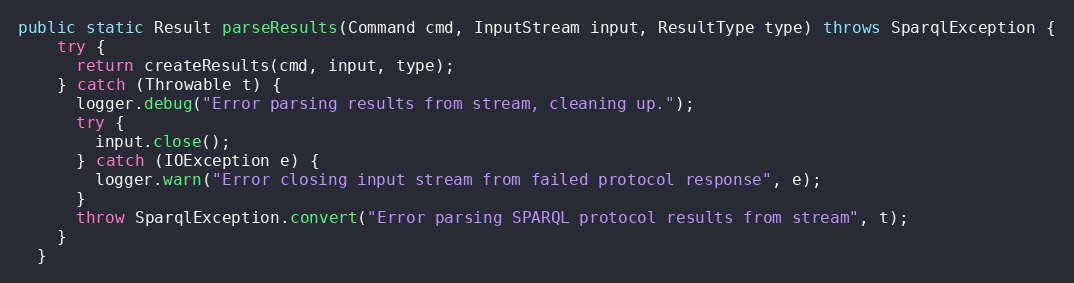
Language: Java
public static Result parseResults(Command cmd, InputStream input, ResultType type) throws SparqlException {
    try {
      return createResults(cmd, input, type);
    } catch (Throwable t) {
      logger.debug("Error parsing results from stream, cleaning up.");
      try {
        input.close();
      } catch (IOException e) {
        logger.warn("Error closing input stream from failed protocol response", e);
      }
      throw SparqlException.convert("Error parsing SPARQL protocol results from stream", t);
    }
  }